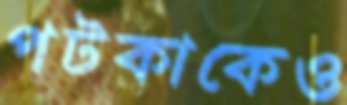
পটকাকেও